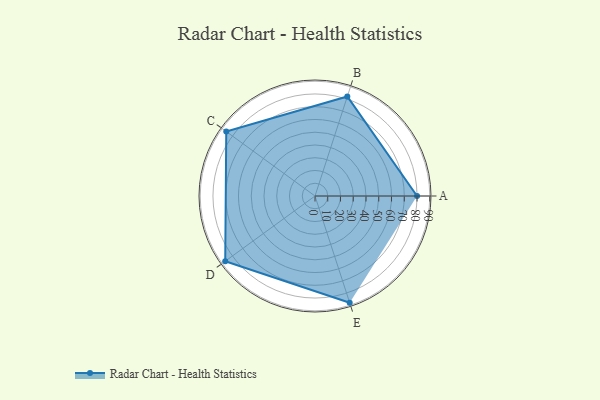
{"axis": {"x": "Skill", "y": "Score"}, "legend": ["Profile"], "data": [{"x": "A", "y": 80.0, "type": "Profile"}, {"x": "B", "y": 82.0, "type": "Profile"}, {"x": "C", "y": 86.0, "type": "Profile"}, {"x": "D", "y": 87.0, "type": "Profile"}, {"x": "E", "y": 88.0, "type": "Profile"}]}